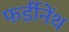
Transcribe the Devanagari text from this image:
फर्डीनेंथ